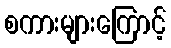
စကားများကြောင့်